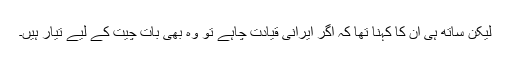
لیکن ساتھ ہی ان کا کہنا تھا کہ اگر ایرانی قیادت چاہے تو وہ بھی بات چیت کے لیے تیار ہیں۔